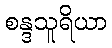
စန္ဒသူရိယာ